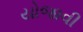
યોજાવી